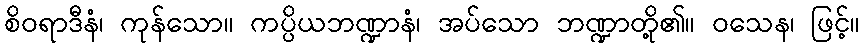
စိဝရာဒီနံ၊ ကုန်သော။ ကပ္ပိယဘဏ္ဍာနံ၊ အပ်သော ဘဏ္ဍာတို့၏။ ဝသေန၊ ဖြင့်။